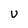
Character: v